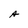
Character: A